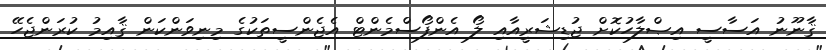
ޤާނޫނު އަސާސީ އިޞްލާހުކޮށް ޖުޑިޝަރީއާއި ލޯ އެންފޯސްމެންޓް އެޖެންސީތަކުގެ މިނިވަންކަން ޤާއިމު ކުރަންޖެހޭ